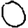
Digit: 0